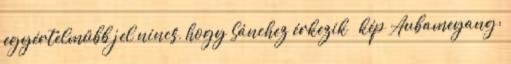
egyértelműbb jel nincs, hogy Sánchez érkezik – kép Aubameyang: